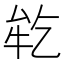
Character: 𬼪